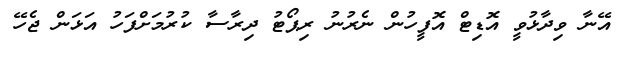
އޭނާ ވިދާޅުވީ އޮޑިޓް އޮފީހުން ނެރުނު ރިޕޯޓު ދިރާސާ ކުރުމަށްފަހު އަޅަން ޖެހޭ